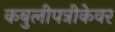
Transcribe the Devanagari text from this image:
कबुलीपत्रीकेवर